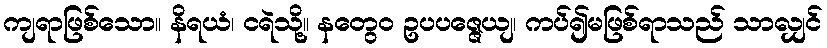
ကျရာဖြစ်သော။ နိရယံ၊ ငရဲသို့။ နတွေဝ ဥပပဇ္ဇေယျ၊ ကပ်၍မဖြစ်ရာသည် သာလျှင်